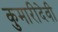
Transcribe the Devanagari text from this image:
कुमारीदेवी